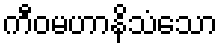
ကီဝမဟာနိသံသော